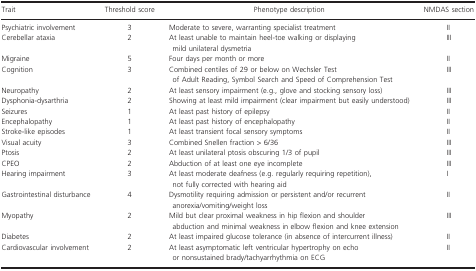
<table><thead><tr><td><b>Trait</b></td><td><b>Threshold score</b></td><td><b>Phenotype description</b></td><td><b>NMDAS section</b></td></tr></thead><tbody><tr><td>Psychiatric involvement</td><td>3</td><td>Moderate to severe, warranting specialist treatment</td><td>II</td></tr><tr><td>Cerebellar ataxia</td><td>2</td><td>At least unable to maintain heel‐toe walking or displaying mild unilateral dysmetria</td><td>III</td></tr><tr><td>Migraine</td><td>5</td><td>Four days per month or more</td><td>II</td></tr><tr><td>Cognition</td><td>3</td><td>Combined centiles of 29 or below on Wechsler Test of Adult Reading, Symbol Search and Speed of Comprehension Test</td><td>III</td></tr><tr><td>Neuropathy</td><td>2</td><td>At least sensory impairment (e.g., glove and stocking sensory loss)</td><td>III</td></tr><tr><td>Dysphonia‐dysarthria</td><td>2</td><td>Showing at least mild impairment (clear impairment but easily understood)</td><td>III</td></tr><tr><td>Seizures</td><td>1</td><td>At least past history of epilepsy</td><td>II</td></tr><tr><td>Encephalopathy</td><td>1</td><td>At least past history of encephalopathy</td><td>II</td></tr><tr><td>Stroke‐like episodes</td><td>1</td><td>At least transient focal sensory symptoms</td><td>II</td></tr><tr><td>Visual acuity</td><td>3</td><td>Combined Snellen fraction &gt; 6/36</td><td>III</td></tr><tr><td>Ptosis</td><td>2</td><td>At least unilateral ptosis obscuring 1/3 of pupil</td><td>III</td></tr><tr><td>CPEO</td><td>2</td><td>Abduction of at least one eye incomplete</td><td>III</td></tr><tr><td>Hearing impairment</td><td>3</td><td>At least moderate deafness (e.g. regularly requiring repetition), not fully corrected with hearing aid</td><td>I</td></tr><tr><td>Gastrointestinal disturbance</td><td>4</td><td>Dysmotility requiring admission or persistent and/or recurrent anorexia/vomiting/weight loss</td><td>II</td></tr><tr><td>Myopathy</td><td>2</td><td>Mild but clear proximal weakness in hip flexion and shoulder abduction and minimal weakness in elbow flexion and knee extension</td><td>III</td></tr><tr><td>Diabetes</td><td>2</td><td>At least impaired glucose tolerance (in absence of intercurrent illness)</td><td>II</td></tr><tr><td>Cardiovascular involvement</td><td>2</td><td>At least asymptomatic left ventricular hypertrophy on echo or nonsustained brady/tachyarrhythmia on ECG</td><td>II</td></tr></tbody></table>